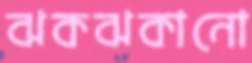
ঝকঝকানো